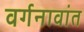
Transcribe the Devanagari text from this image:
वर्गनावांत